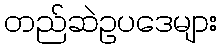
တည်ဆဲဥပဒေများ